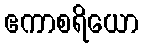
ဧကာစရိယော